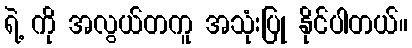
ရဲ့ ကို အလွယ်တကူ အသုံးပြု နိုင်ပါတယ်။